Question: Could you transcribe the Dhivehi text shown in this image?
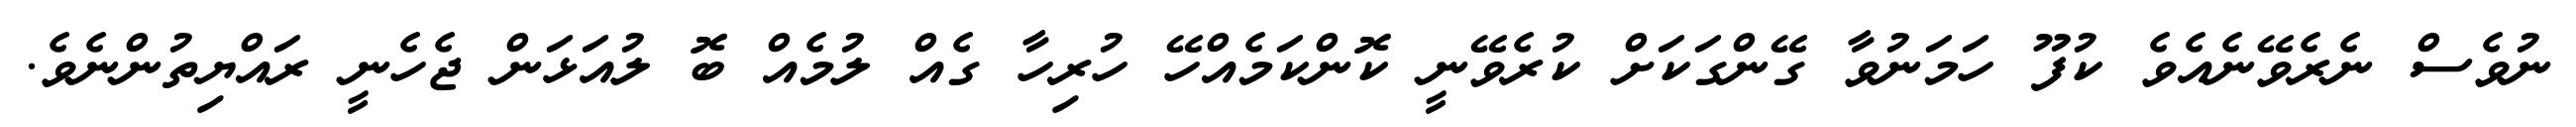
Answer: ނުވެސް ނެރެވޭނެއެވެ ކުފޫ ހަމަނުވާ ގޭންގަކަށް ކުރެވޭނީ ކޮންކަމެއްހޭ ހުރިހާ ގެއް ލުމެއް ބޮ ލުއަޅަން ޖެހެނީ ރައްޔިތުންނެވެ.